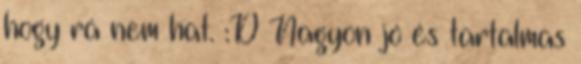
hogy rá nem hat. :D Nagyon jó és tartalmas